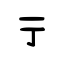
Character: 亍